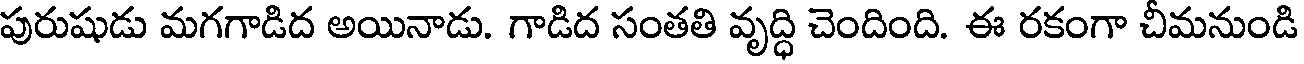
పురుషుడు మగగాడిద అయినాడు. గాడిద సంతతి వృద్ధి చెందింది. ఈ రకంగా చీమనుండి